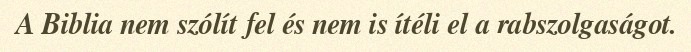
A Biblia nem szólít fel és nem is ítéli el a rabszolgaságot.